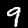
Digit: 9